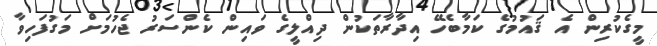
މީގެކުރިން އެ ޤައުމުގެ ކަމާބެހޭ އިދާރާތަކުން ދިއްލީގެ ވައިން ކެންސަރު ޖެހުމަށް މަގުފަހިވާ